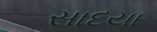
સાદયા